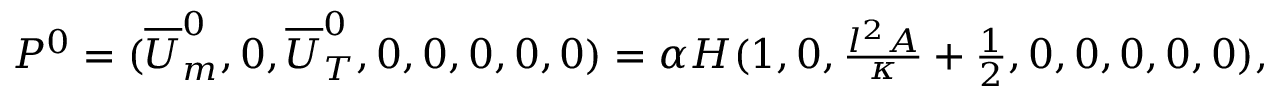
\begin{array} { r } { P ^ { 0 } = ( \overline { { U } } _ { m } ^ { 0 } , 0 , \overline { { U } } _ { T } ^ { 0 } , 0 , 0 , 0 , 0 , 0 ) = \alpha H ( 1 , 0 , \frac { l ^ { 2 } A } { \kappa } + \frac { 1 } { 2 } , 0 , 0 , 0 , 0 , 0 ) , } \end{array}